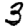
Digit: 3